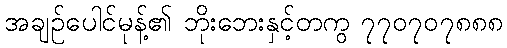
အချဉ်ပေါင်မုန့်၏ ဘိုးဘေးနှင့်တကွ ၇၇၀၇၀၇၈၈၈